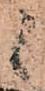
候